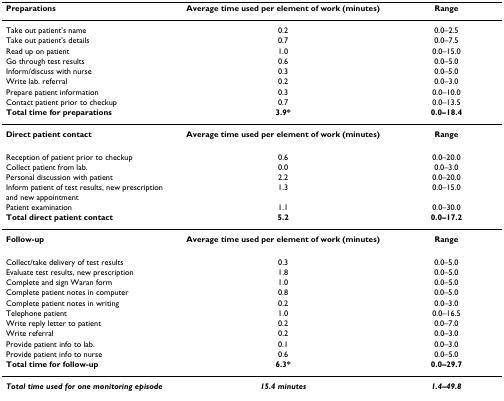
| Preparations | Average time used per element of work (minutes) | Range |
 | --- | --- | --- |
 | Take out patient's name | 0.2 | 0.0–2.5 |
 | Take out patient's details | 0.7 | 0.0–7.5 |
 | Read up on patient | 1.0 | 0.0–15.0 |
 | Go through test results | 0.6 | 0.0–5.0 |
 | Inform/discuss with nurse | 0.3 | 0.0–5.0 |
 | Write lab. referral | 0.2 | 0.0–3.0 |
 | Prepare patient information | 0.3 | 0.0–10.0 |
 | Contact patient prior to checkup | 0.7 | 0.0–13.5 |
 | Total time for preparations | 3.9* | 0.0–18.4 |
 | Direct patient contact | Average time used per element of work (minutes) | Range |
 | Reception of patient prior to checkup | 0.6 | 0.0–20.0 |
 | Collect patient from lab. | 0.0 | 0.0–3.0 |
 | Personal discussion with patient | 2.2 | 0.0–20.0 |
 | Inform patient of test results, new prescription and new appointment | 1.3 | 0.0–15.0 |
 | Patient examination | 1.1 | 0.0–30.0 |
 | Total direct patient contact | 5.2 | 0.0–17.2 |
 | Follow-up | Average time used per element of work (minutes) | Range |
 | Collect/take delivery of test results | 0.3 | 0.0–5.0 |
 | Evaluate test results, new prescription | 1.8 | 0.0–5.0 |
 | Complete and sign Waran form | 1.0 | 0.0–5.0 |
 | Complete patient notes in computer | 0.8 | 0.0–5.0 |
 | Complete patient notes in writing | 0.2 | 0.0–3.0 |
 | Telephone patient | 1.0 | 0.0–16.5 |
 | Write reply letter to patient | 0.2 | 0.0–7.0 |
 | Write referral | 0.2 | 0.0–3.0 |
 | Provide patient info to lab. | 0.1 | 0.0–3.0 |
 | Provide patient info to nurse | 0.6 | 0.0–5.0 |
 | Total time for follow-up | 6.3* | 0.0–29.7 |
 | Total time used for one monitoring episode | 15.4 minutes | 1.4–49.8 |